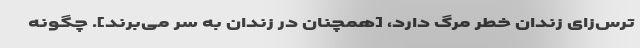
ترس‌زای زندان خطر مرگ دارد، [همچنان در زندان به سر می‌برند]. چگونه